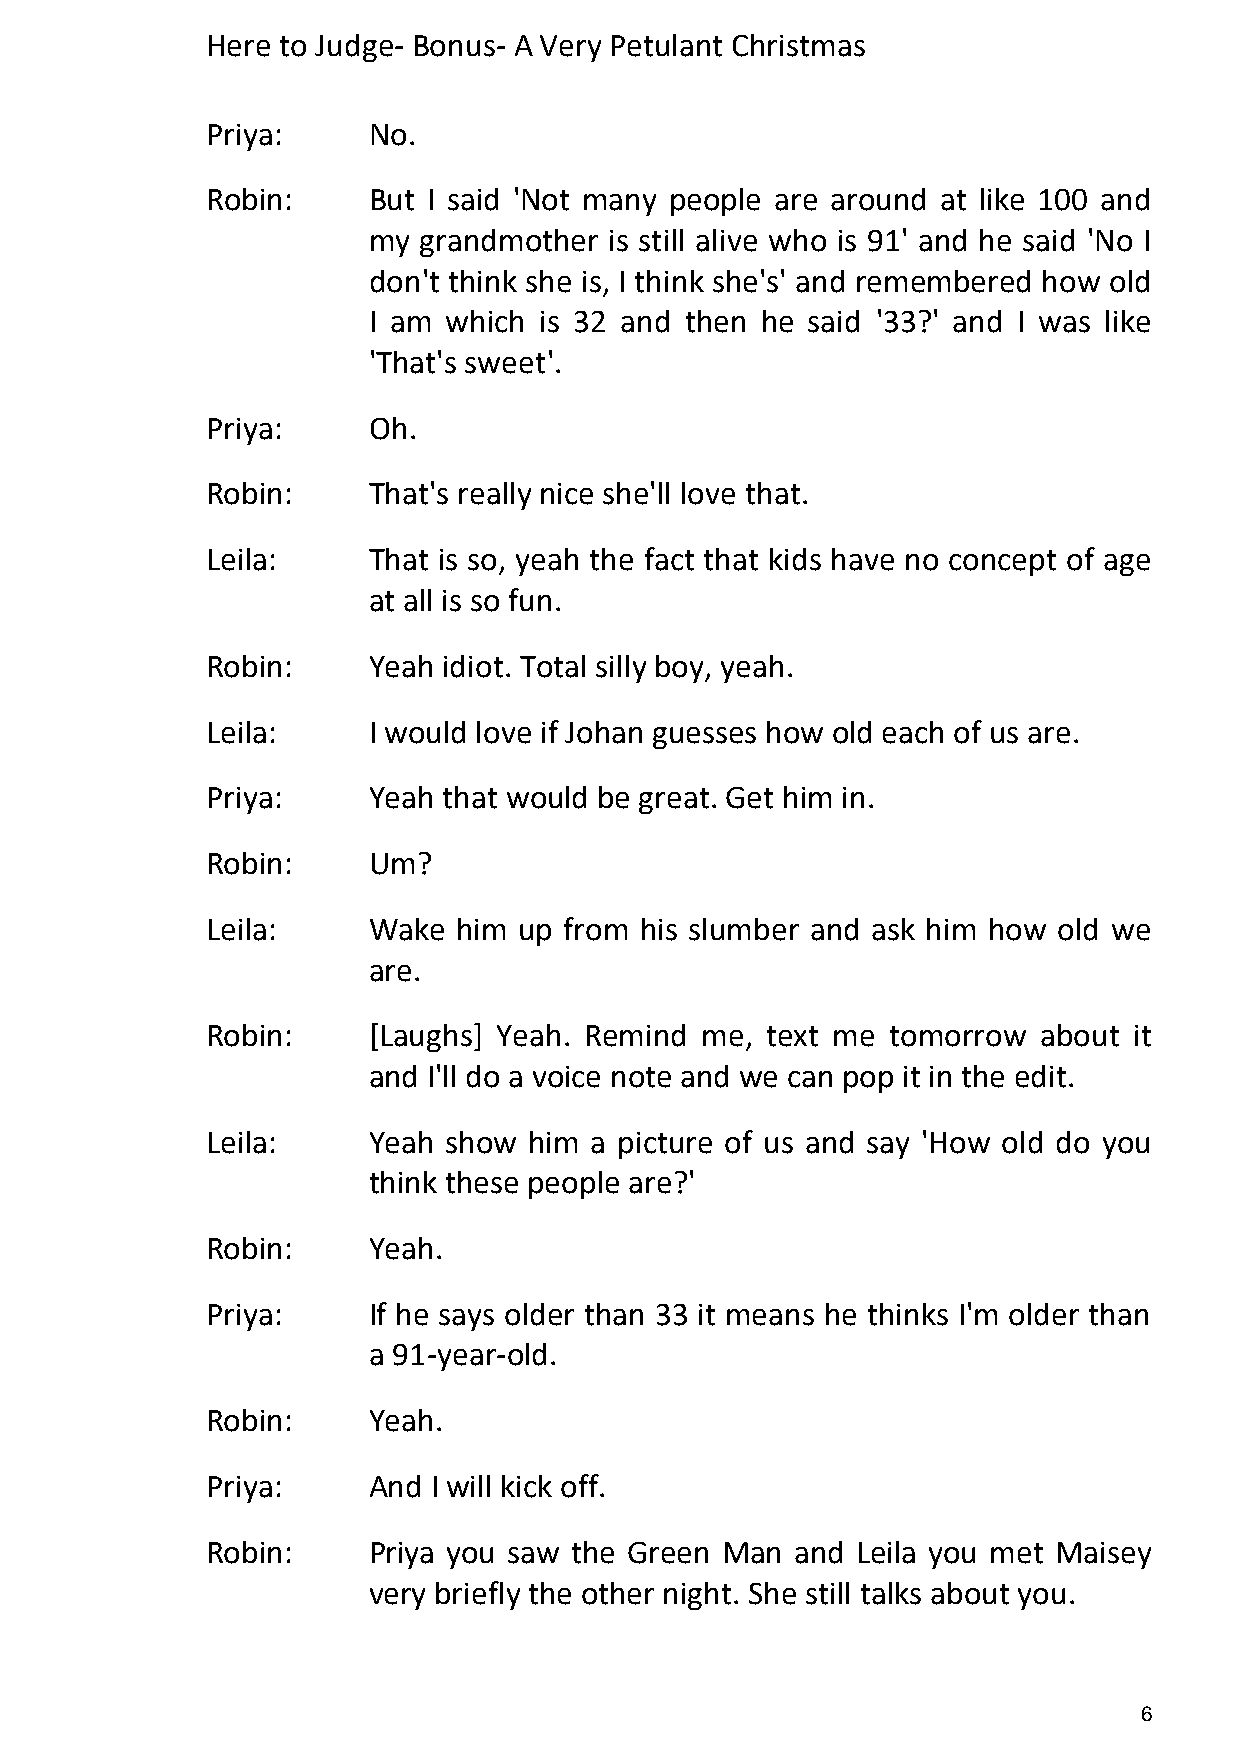
Here to Judge- Bonus- A Very Petulant Christmas
 Priya:    No.
 Robin:    But I said 'Not many people are around at like 100 and
 my  grandmother is still alive who is 91' and he said 'No I
 don't think she is, I think she's' and remembered how old
 I am  which is 32 and then he said '33?' and I was like
 'That's sweet'.
 Priya:    Oh.
 Robin:    That's really nice she'll love that.
 Leila:    That is so, yeah the fact that kids have no concept of age
 at all is so fun.
 Robin:    Yeah idiot. Total silly boy, yeah.
 Leila:    I would love if Johan guesses how old each of us are.
 Priya:    Yeah that would be great. Get him in.
 Robin:    Um?
 Leila:    Wake  him up from his slumber and ask him how old we
 are.
 Robin:    [Laughs] Yeah. Remind me,  text me tomorrow  about it
 and I'll do a voice note and we can pop it in the edit.
 Leila:    Yeah  show him a picture of us and say 'How old do you
 think these people are?'
 Robin:    Yeah.
 Priya:    If he says older than 33 it means he thinks I'm older than
 a 91-year-old.
 Robin:    Yeah.
 Priya:    And  I will kick off.
 Robin:    Priya you saw the Green Man  and Leila you met Maisey
 very briefly the other night. She still talks about you.
 6